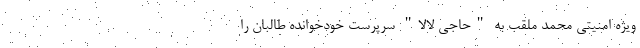
ویژه امنیتی‌ محمد‌ ملقب به "حاجی لالا" سرپرست خودخوانده طالبان را